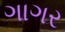
ગાગર